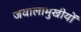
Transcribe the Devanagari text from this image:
जवालामुखीयों